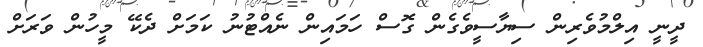
ދީނީ އިލްމުވެރިން ސިޔާސީވެގެން ގޮސް ހަމައިން ނެއްޓުނު ކަމަށް ދެކޭ މީހުން ވަރަށް